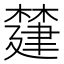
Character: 㯬